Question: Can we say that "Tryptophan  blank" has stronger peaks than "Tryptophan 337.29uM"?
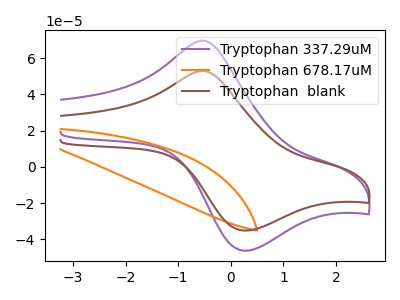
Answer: <think>The purple curve "Tryptophan 337.29uM" has an anodic peak at (-0.55V, 69.70uA) and a cathodic peak at (0.30V, -46.30uA). The orange curve "Tryptophan 678.17uM" has no peaks. The brown curve "Tryptophan  blank" has an anodic peak at (-0.55V, 53.00uA) and a cathodic peak at (0.30V, -35.20uA).</think>
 <answer>Every peak in "Tryptophan  blank" is lower than every peak in "Tryptophan 337.29uM".</answer>
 <eval>lower</eval>